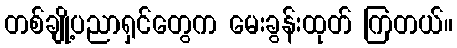
တစ်ချို့ပညာရှင်တွေက မေးခွန်းထုတ် ကြတယ်။